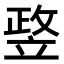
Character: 𥪛